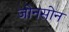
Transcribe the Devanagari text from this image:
जोनसोन